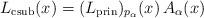
LaTeX: \begin{align*}L_\mathrm{csub}(x)=(L_\mathrm{prin})_{p_\alpha}(x)\,A_\alpha(x)\end{align*}